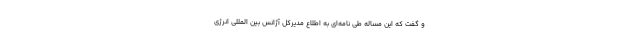
و گفت که این مساله طی نامه‌ای به اطلاع مدیرکل آژانس بین المللی انرژی